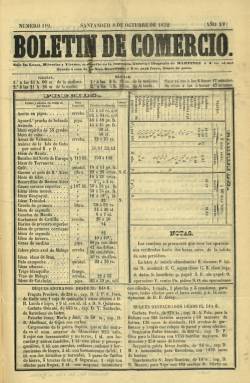
Título: Boletín de comercio
Colección: Economía || Periódicos
Ámbito geográfico: Cantabria
Lugar de publicación: Santander
Fechas: 08/10/1852-22/12/1876

Con este título reducido sigue editándose Boletín de comercio de Santander, que había comenzado a publicarse en la capital cántabra a partir de agosto de 1839, y que también forma parte de la colección de la Biblioteca Nacional de España (BNE). Como Boletín de comercio se publicará desde el número 119, correspondiente al ocho de octubre de 1852, siguiendo la secuencia, que es anual. Continúa saliendo de la Imprenta y Litografía de José María Martínez, quien además es su editor responsable y director, que lo estampa en una sola hoja (dos páginas) en formato de pliego de marca española, a veces tres páginas, apareciendo tres veces a la semana: lunes, miércoles y viernes.

Sigue siendo un periódico eminentemente comercial, que ofrece los precios de los productos y mercancías al por mayor; el movimiento portuario, de entradas y salidas de buques de mercancías, con o sin pasajeros, con expresión de los cargamentos y consignatarios; los precios de los fletes y seguros; portes, cambios de moneda y cotizaciones bursátiles, entre otros datos de similar naturaleza.

A partir del número 223, correspondiente al dos de octubre de 1866 (año XXIX), comenzará a aparecer todos los días, excepto festivos. Los lunes, miércoles y viernes saldrá en doble hoja (cuatro páginas), y los demás días en página sencilla (dos páginas). En su edición más amplia comenzará a insertar breves noticias, algunas de las cuales procederán de sus propios corresponsales, bajo epígrafes como Mercados nacionales, Mercados extranjeros, Noticias extranjeras, Sección marítima, Parte comercial, Comunicados, y hasta Gacetillas, Teatro o Revista semanal.

Señala José Simón Cabarga (1982) que este periódico fue el “vocero del Muelle” de una ciudad a la que se le llegó a denominar “la Liverpool de España”, por la gran importancia de su puerto marítimo, y dirigido a la burguesía mercantil y comercial santanderina. Además de ofrecer toda clase de anuncios particulares y cuantas noticias podían interesar al comercio, y especialmente al marítimo, y alejarse de cualquier alusión política o doctrinal en sus contenidos, ofreció también diariamente noticias sobre la vida local y artículos de fondo, entre estos una serie, entre finales de 1875 y principios de 1876, de carácter anti-fuerista, escritos por su colaborador el abogado Bartolomé Bengoa y Oliva

Otros de sus colabores y redactores serán el también abogado y poeta Albino Madrazo, Jacobo Josué, Rufino Pineda, Enrique Corona, Isidoro Nieto, José Antonio del Río, autor este de una serie bajo el epígrafe Efemérides, o, al final, Fernando Segura. A la muerte de José María Martínez, considerado el patriarca de la prensa cántabra, la propiedad del diario pasó a su yerno, Arturo Corpas.

La colección de este título en la BNE llega hasta su entrega número 294, del 22 de octubre de 1876. La de la Cámara de Comercio de Cantabria, digitalizada en 2011 y considerada la más completa, alcanza desde 1866 a 1904. Alguna fuente señala que este diario, que se convirtió en el decano de la prensa santanderina (si se excluye al Boletín oficial de la provincia) y en uno de los más antiguos de España, pudo estar publicándose hasta la mitad de la segunda década del siglo veinte. Además del citado Cabarga, Antonio del Campo Echeverría (1987) ha estudiado la prensa de esta región.